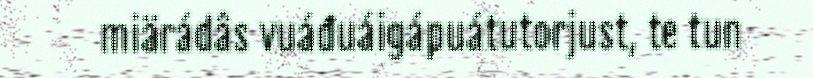
miärádâs vuáđuáigápuátutorjust, te tun